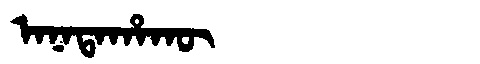
Manchu: ᠠᠨᠠᡨᠠᡥᠠᡴᡡ
Romanization: ANATAHAKŪ